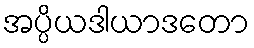
အပ္ပိယဒါယာဒတော